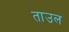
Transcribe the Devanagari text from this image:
ताउल